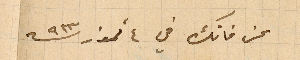
عن فانك في ٤ تموز ٩٢٣